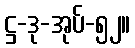
ဋ္ဌ-ဒု-အုပ်-၅၂။